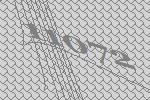
11072